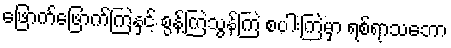
ဖြောက်ဖြောက်ကြဲနှင့် စွန့်ကြဲသွန်ကြဲ စပါးကြဲမှာ ရစ်ရာသဘော